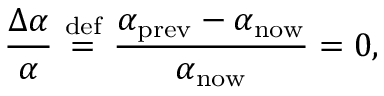
{ \frac { \Delta \alpha } { \alpha } } \ { \stackrel { \mathrm { d e f } } { = } } \ { \frac { \alpha _ { \mathrm { p r e v } } - \alpha _ { \mathrm { n o w } } } { \alpha _ { \mathrm { n o w } } } } = 0 ,